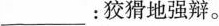
___：狡猾地强辩。